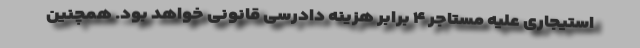
استیجاری علیه مستاجر ۴ برابر هزینه دادرسی قانونی خواهد بود. همچنین